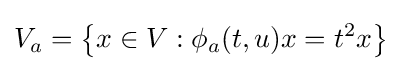
V_{a}=\left\lbrace {x\in V:\phi _{a}(t,u)x=t^{2}x}\right\rbrace